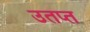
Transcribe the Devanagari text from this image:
उतप्त